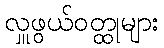
လှူဖွယ်ဝတ္ထုများ